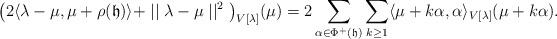
LaTeX: \begin{align*}\big( 2\langle\lambda-\mu,\mu+\rho({\mathfrak h})\rangle+\mid\mid\lambda-\mu\mid\mid^2\big)_{V[\lambda]}(\mu)=2\sum_{\alpha\in\Phi^+({\mathfrak h})}\sum_{k\geq 1}\langle\mu+k\alpha,\alpha\rangle_{V[\lambda]}(\mu+k\alpha).\end{align*}